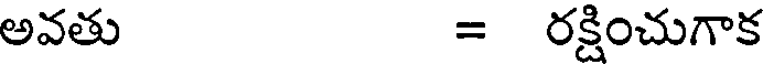
అవతు = రక్షించుగాక